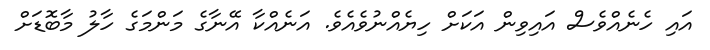
އައި ހެނެއްވެސް އައިވިން އަކަށް ހިޔެއްނުވެއެވެ. އަނެއްކާ އޭނާގެ މަންމަގެ ހާލު މާބޮޑަށް